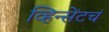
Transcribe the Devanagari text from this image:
व्हिन्सेंटचं